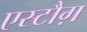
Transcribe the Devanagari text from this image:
एस्टौग़